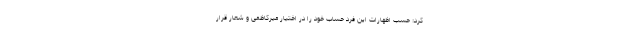
کرد: حسب اظهارات این فرد حساب خود را در اختیار میرکاظمی و شعار قرار